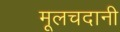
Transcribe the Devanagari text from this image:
मूलचदानी